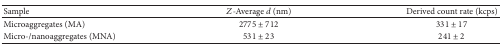
| Sample | Z-Average d (nm) | Derived count rate (kcps) |
 | --- | --- | --- |
 | Microaggregates (MA) | 2775 ± 712 | 331 ± 17 |
 | Micro-/nanoaggregates (MNA) | 531 ± 23 | 241 ± 2 |